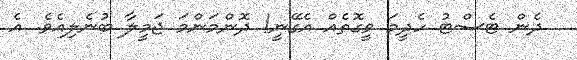
ދެން ޓެސްޓު ހެދީމަ ވީގޮތެއް އެގޭނީ! ދޮންމަންމަ ޖަމީލާ ބުނެލިއެވެ. އެ